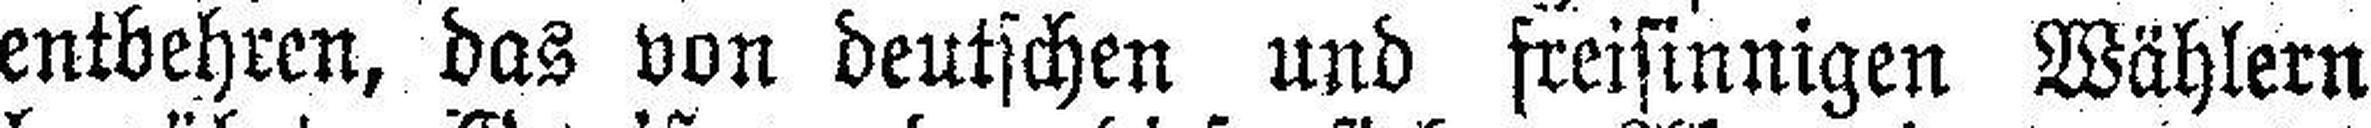
entbehren, das von deutschen und freisinnigen Wählern